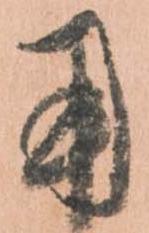
用